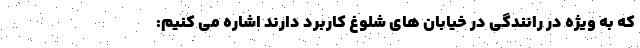
که به ویژه در رانندگی در خیابان های شلوغ کاربرد دارند اشاره می کنیم: